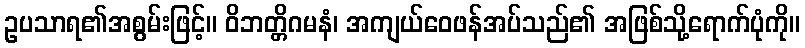
ဥပသာရ၏အစွမ်းဖြင့်။ ဝိဘတ္တိဂမနံ၊ အကျယ်ဝေဖန်အပ်သည်၏ အဖြစ်သို့ရောက်ပုံကို။